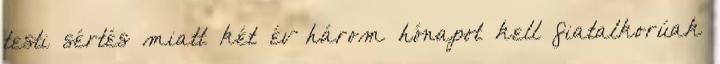
testi sértés miatt két év három hónapot kell fiatalkorúak